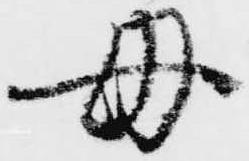
母